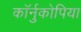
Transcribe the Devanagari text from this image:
कॉर्नुकोपिया